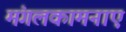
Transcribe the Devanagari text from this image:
मंगलकामनाएं